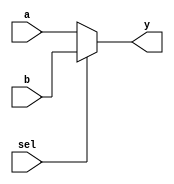
module mux2to1 (
    input wire a,        // Input A
    input wire b,        // Input B
    input wire sel,      // Select signal
    output reg y         // Output
);

always @(*) begin
    // Combinational logic to select output based on the select signal
    if (sel) begin
        y = b;          // If sel is high, output B
    end else begin
        y = a;          // If sel is low, output A
    end
end

endmodule